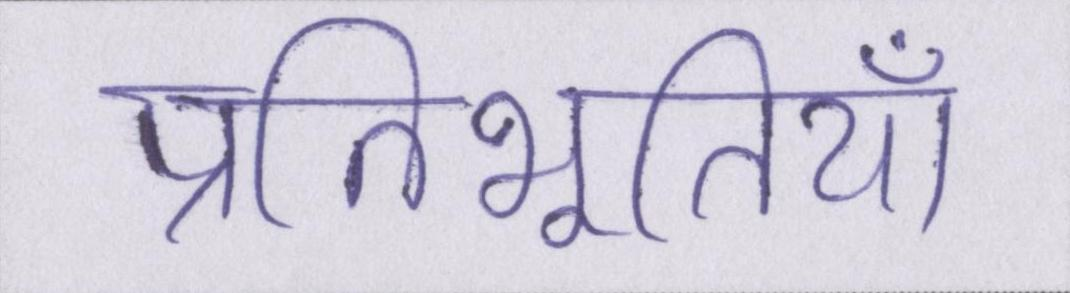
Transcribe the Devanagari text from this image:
प्रतिभूतियाँ